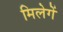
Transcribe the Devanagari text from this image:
मिलेगें